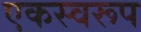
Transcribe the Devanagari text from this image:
एकस्वरूप